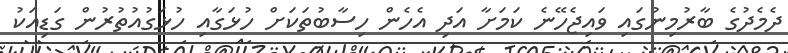
ދެމެދުގެ ބާރުމިނުގައި ވައިޖެހޭނެ ކަމަށާ އަދި އެހެން ހިސާބުތަކަށް ހުޅަގާއި ހުޅަގުއުތުރުން ގަޑިއަކު